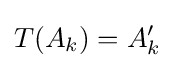
T(A_{k})=A'_{k}